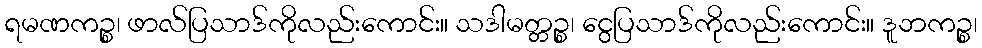
ရမဏကဉ္စ၊ ဖာလ်ပြသာဒ်ကိုလည်းကောင်း။ သဒါမတ္တဉ္စ၊ ငွေပြသာဒ်ကိုလည်းကောင်း။ ဒူဘကဉ္စ၊